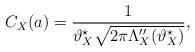
LaTeX: \begin{align*}C_X(a)=\frac{1}{\vartheta_X^\star\sqrt{2\pi\Lambda''_X(\vartheta_X^\star)}},\end{align*}